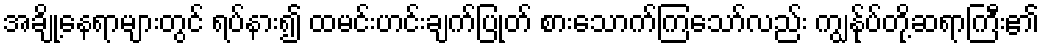
အချို့နေရာများတွင် ရပ်နား၍ ထမင်းဟင်းချက်ပြုတ် စားသောက်ကြသော်လည်း ကျွန်ုပ်တို့ဆရာကြီး၏